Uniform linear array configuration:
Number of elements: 8
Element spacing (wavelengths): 0.25
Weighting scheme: cosine
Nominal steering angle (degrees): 30
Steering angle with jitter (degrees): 31.827
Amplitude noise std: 0.05
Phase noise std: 0.05

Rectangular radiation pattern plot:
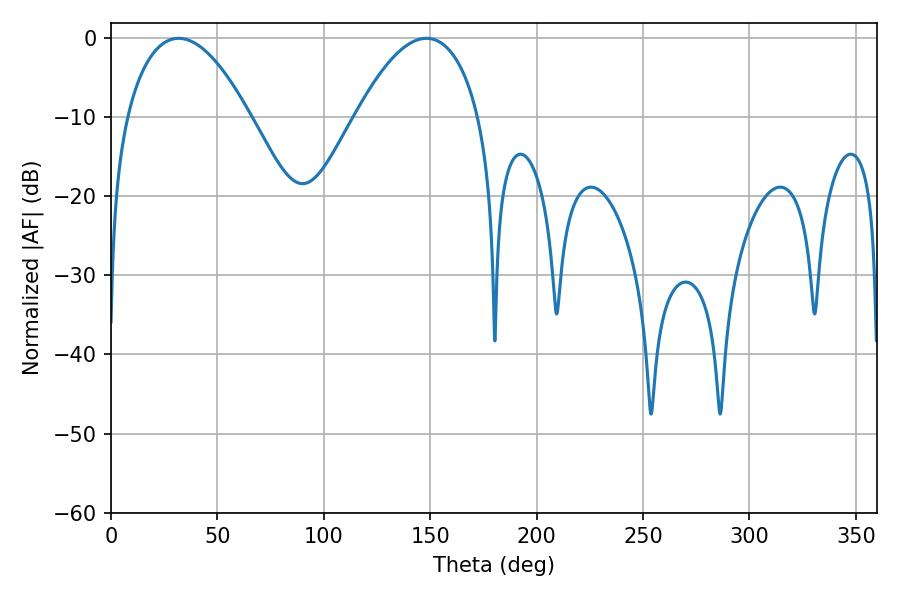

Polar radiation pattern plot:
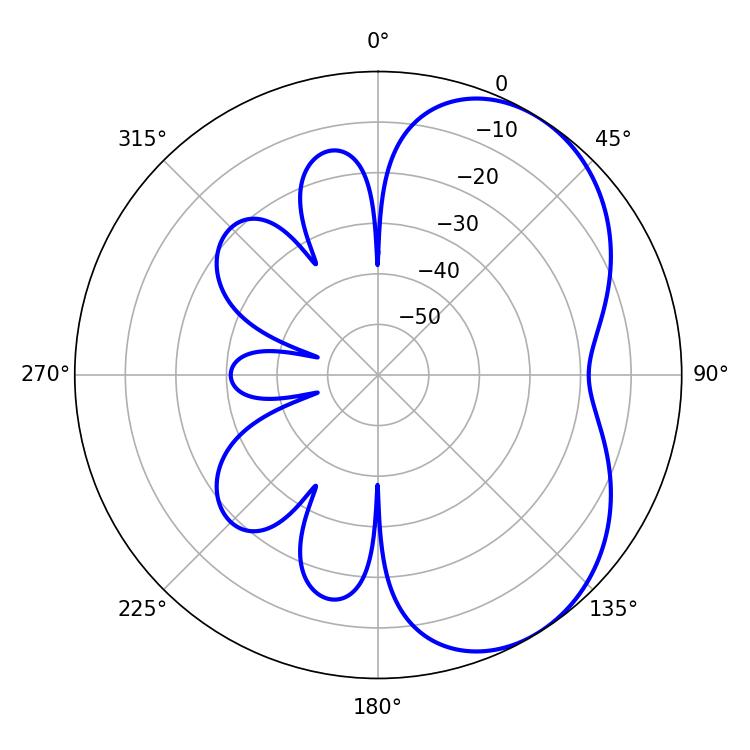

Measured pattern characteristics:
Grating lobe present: FALSE
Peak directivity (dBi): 4.805
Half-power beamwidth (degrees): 32.22
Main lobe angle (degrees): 31.86